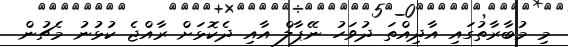
މި މުބާރާތުގައި އާދިއްތަ ދުވަހު ނޭޕާލް އާއި ދެކޮޅަށް ރާއްޖެ ކުޅުނު މެޗުން